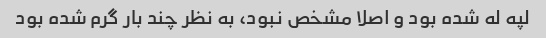
لپه له شده بود و اصلا مشخص نبود، به نظر چند بار گرم شده بود